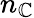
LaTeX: n_{\mathbb{C}}